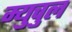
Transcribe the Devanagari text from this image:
म्युचुल